Malaria in the Punjab - Number 46
Disease focus: Malaria
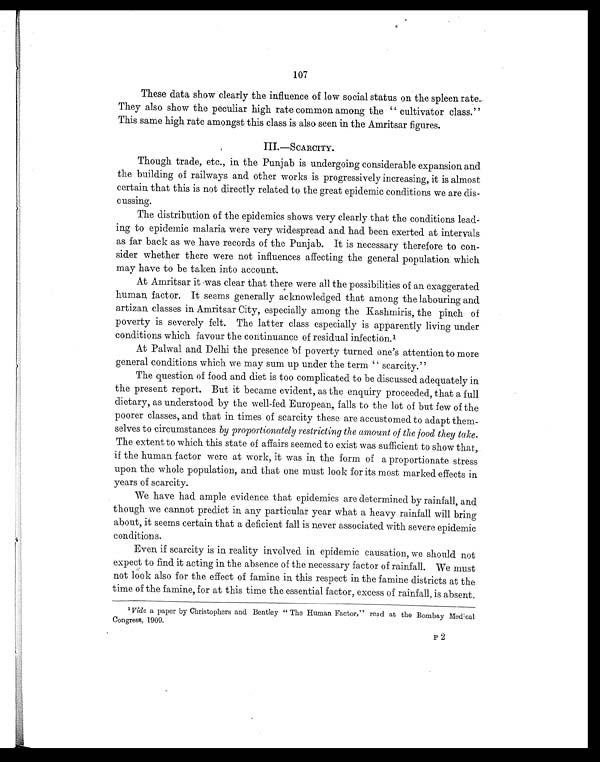
107
These data show clearly the influence of low social status on the spleen rate.
They also show the peculiar high rate common among the " cultivator class."
This same high rate amongst this class is also seen in the Amritsar figures.
III.—SCARCITY.
Though trade, etc., in the Punjab is undergoing considerable expansion and
the building of railways and other works is progressively increasing, it is almost
certain that this is not directly related to the great epidemic conditions we are dis-
cussing.
The distribution of the epidemics shows very clearly that the conditions lead-
ing to epidemic malaria were very widespread and had been exerted at intervals
as far back as we have records of the Punjab. It is necessary therefore to con-
sider whether there were not influences affecting the general population which
may have to be taken into account.
At Amritsar it was clear that there were all the possibilities of an exaggerated
human factor. It seems generally acknowledged that among the labouring and
artizan classes in Amritsar City, especially among the Kashmiris, the pinch of
poverty is severely felt. The latter class especially is apparently living under
conditions which favour the continuance of residual infection. 1
At Palwal and Delhi the presence of poverty turned one's attention to more
general conditions which we may sum up under the term " scarcity."
The question of food and diet is too complicated to be discussed adequately in
the present report. But it became evident, as the enquiry proceeded, that a full
dietary, as understood by the well-fed European, falls to the lot of but few of the
poorer classes, and that in times of scarcity these are accustomed to adapt them-
selves to circumstances by proportionately restricting the amount of the food they take.
The extent to which this state of affairs seemed to exist was sufficient to show that,
if the human factor were at work, it was in the form of a proportionate stress
upon the whole population, and that one must look for its most marked effects in
years of scarcity.
We have had ample evidence that epidemics are determined by rainfall, and
though we cannot predict in any particular year what a heavy rainfall will bring
about, it seems certain that a deficient fall is never associated with severe epidemic
conditions.
Even if scarcity is in reality involved in epidemic causation, we should not
expect to find it acting in the absence of the necessary factor of rainfall. We must
not look also for the effect of famine in this respect in the famine districts at the
time of the famine, for at this time the essential factor, excess of rainfall, is absent.
1 Vide a paper by Christophers and Bentley " The Human Factor," read at the Bombay Medical
Congress, 1909.
P2